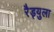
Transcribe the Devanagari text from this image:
रैड्युला